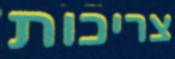
צריכות